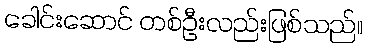
ခေါင်းဆောင် တစ်ဦးလည်းဖြစ်သည်။